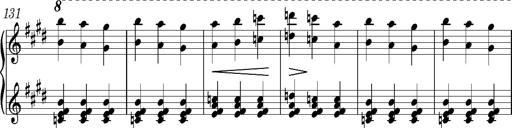
Title: Valses oubliÃ©es
Composer: Franz Liszt